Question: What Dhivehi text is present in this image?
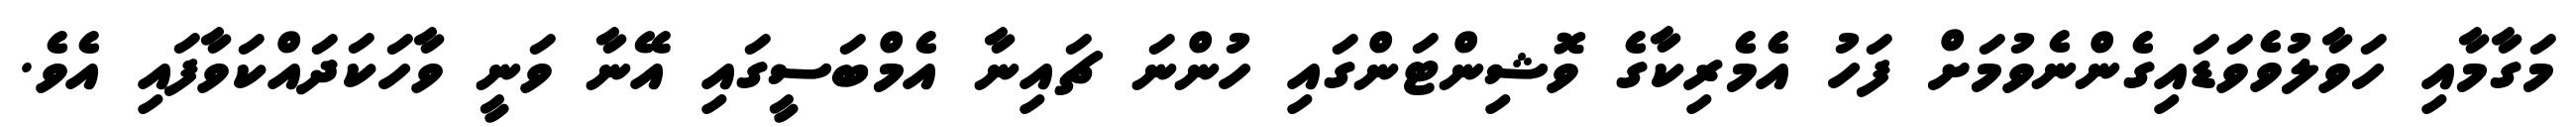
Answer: މަގާމާއި ހަވާލުވެވަޑައިގެންނެވުމަށް ފަހު އެމެރިކާގެ ވޮޝިންޓަންގައި ހުންނަ ޗައިނާ އެމްބަސީގައި އޭނާ ވަނީ ވާހަކަދައްކަވާފައި އެވެ.